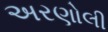
અરણોલી